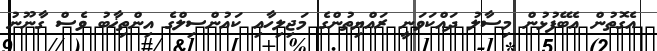
އެގޮތުން އެބޭފުޅުން މިސާލު ދައްކަވަނީ ރައްޔިތުންގެ މަޖިލިހާއި ކައުންސިލްގެ އިންތިޚާބު ވެސް ގާނޫނު